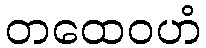
တထေဝဟံ